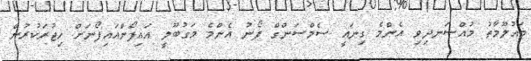
މައުލޫމާތު މުއްސަނދިވި އެންމެ ގިނައީ ސެމްސަންގް ފޯނު އެންމެ މަގުބޫލީ އައިފޯންއައިފޯނަށް ހިޖުރަކުރުން